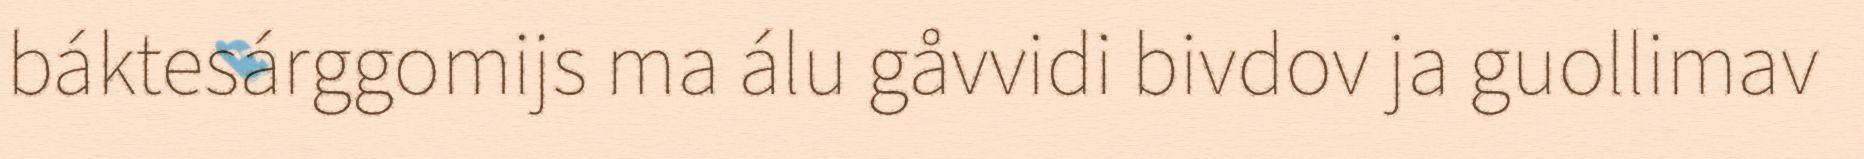
báktesárggomijs ma álu gåvvidi bivdov ja guollimav